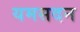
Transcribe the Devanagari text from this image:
यमसदन